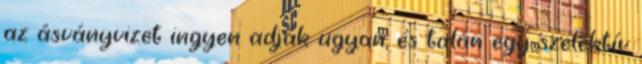
az ásványvizet ingyen adják ugyan, és talán egy szelektív